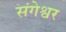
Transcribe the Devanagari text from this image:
संगेश्वर